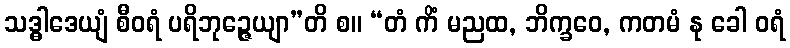
သဒ္ဓါဒေယျံ စီဝရံ ပရိဘုဉ္ဇေယျာ”တိ စ။ “တံ ကိံ မညထ, ဘိက္ခဝေ, ကတမံ နု ခေါ ဝရံ